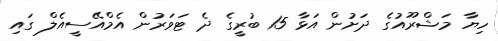
ހިޔާ މަޝްރޫއުގެ ދަށުން އަޅާ 15 ބުރީގެ ދެ ޓަވަރުން އެމްއޭސީއެލް ގައި